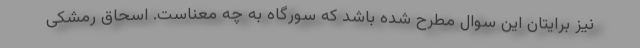
نیز برایتان این سوال مطرح شده باشد که سورگاه به چه معناست. اسحاق رمشکی